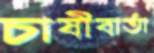
চাষীবার্তা